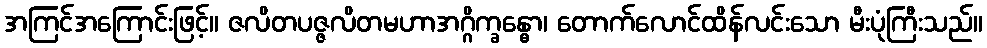
အကြင်အကြောင်းဖြင့်။ ဇလိတပဇ္ဇလိတမဟာအဂ္ဂိက္ခန္ဓော၊ တောက်လောင်ထိန်လင်းသော မီးပုံကြီးသည်။